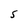
Character: S